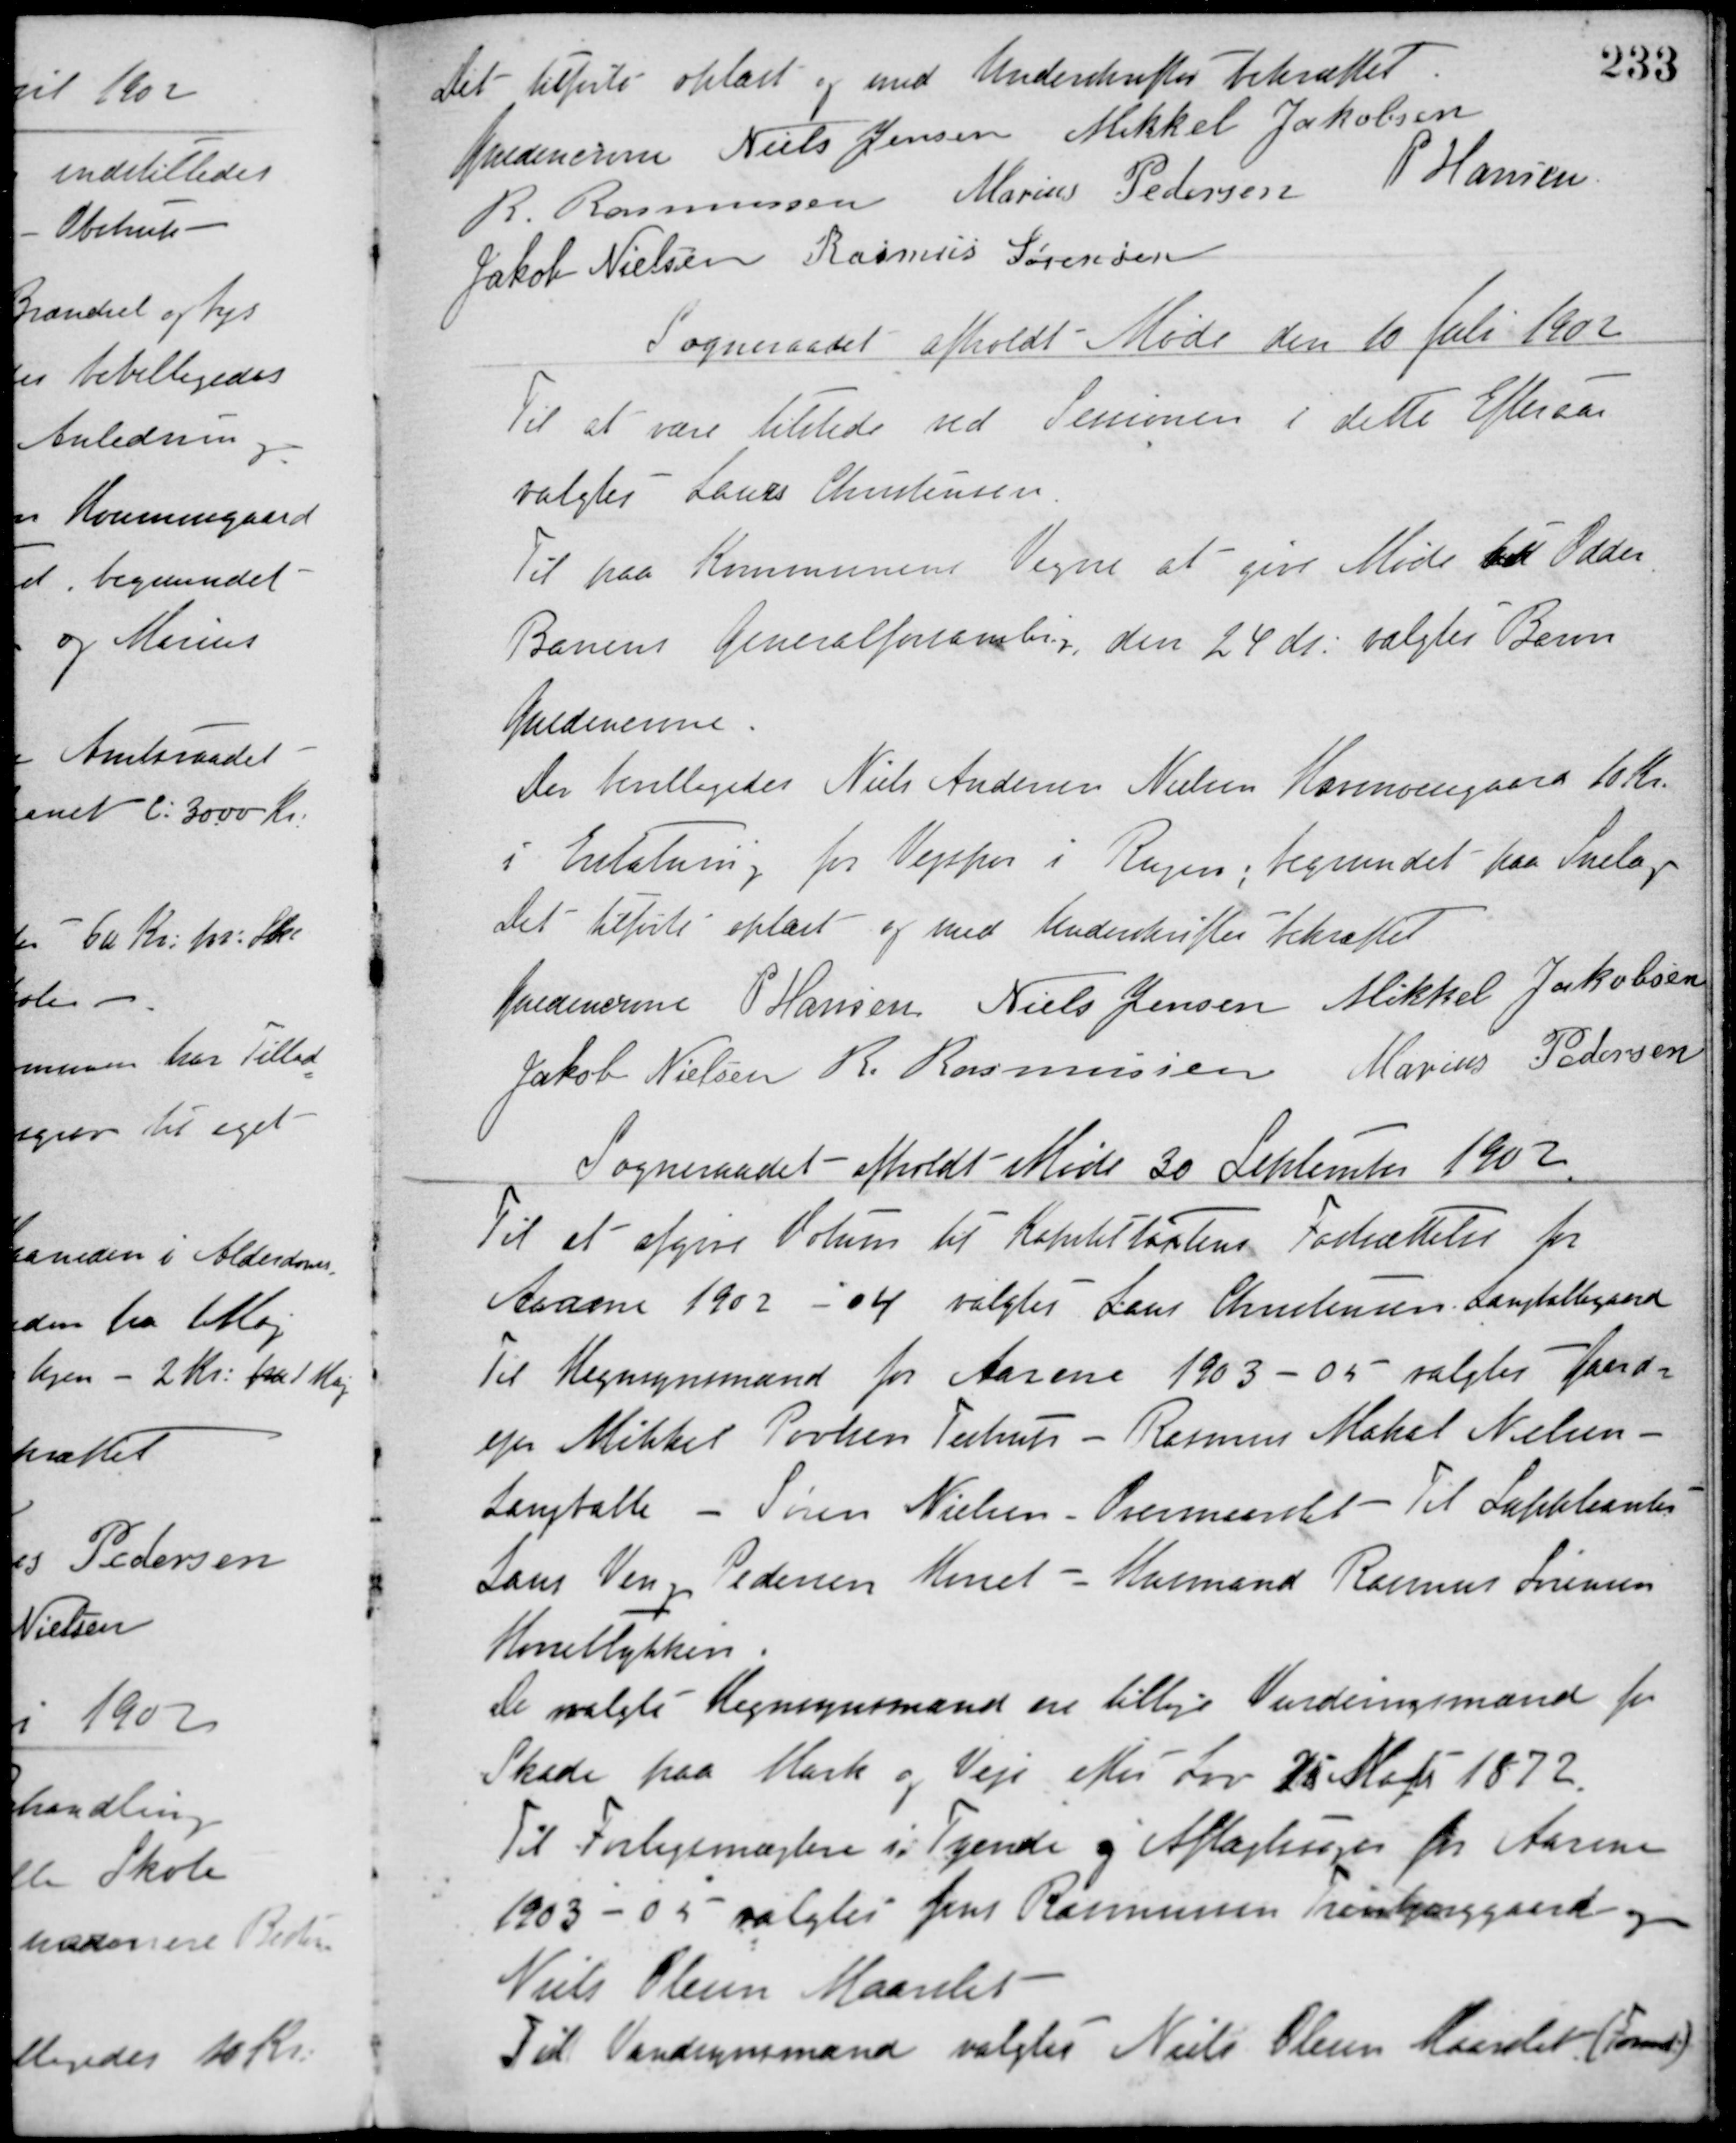
Transskription:
Det tilførte oplæst og med Underskrifter bekræftet.
Guldencrone Niels Jensen Mikkel Jakobsen
R. Rasmussen Marius Pedersen P. Hansen
Jakob Nielsen Rasmus Sørensen
Sogneraadet afholdt Møde den 10 Juli 1902
Til at være tilstede ved Sessionen i dette Efteraar
valgtes Laurs Christensen.
Til paa Kommunens Vegne at give Møde til Odder
Banens Generalforsamling den 24 ds. valgtes Baron
Guldencrone.
Der bevilligedes Niels Andersen Nielsen Havmosegaard 10 Kr.
i Erstatning for Vejspor i Rugen; begrundet paa Snelag.
Det tilførte oplæst og med Underskrifter bekræftet
Guldencrone P. Hansen Niels Jensen Mikkel Jakobsen
Jakob Nielsen R. Rasmussen Marius Pedersen
Sogneraadet afholdt Møde 30 September 1902
Til at afgive Votum til Kapiteltatens Fastsættelse for
Aarene 1902 - 04 valgtes Lars Christensen, Langballegaard.
Til Hegnsynsmænd for Aarene 1903 - 05 valgtes Gaard-
ejer Mikkel Povlsen Testrup - Rasmus Makel Nielsen -
Langballe - Søren Nielsen - Overmaarslet - Til Suppleanter
Lars Veng Pedersen Maarslet - Husmand Rasmus Sørensen
Hørretlykken.
De valgte Hegnsynsmænd ere tillige Vurderingsmænd for
Skade paa Mark og Veje efter Lov 25 Maj 1872.
Til Forligsmæglere i Tyende og Aftægtninger for Aarene
1903 - 05 valgtes Jens Rasmussen Tranbjerggaard og
Niels Olesen Maarslet.
Til Vandsynsmand valgtes Niels Olesen Maarslet (Formd.)